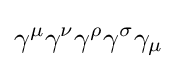
\gamma ^{\mu }\gamma ^{\nu }\gamma ^{\rho }\gamma ^{\sigma }\gamma _{\mu }